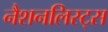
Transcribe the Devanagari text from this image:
नैशनलिस्ट्स